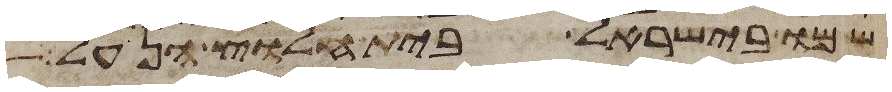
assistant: שמו בישראל בית חלוץ הנעל